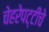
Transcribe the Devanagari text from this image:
चेहरेपट्टीचे